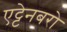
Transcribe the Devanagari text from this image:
एट्टेनबरो